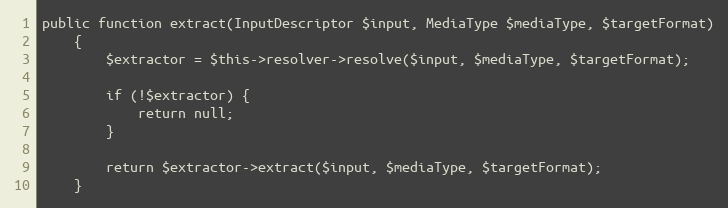
Language: PHP
public function extract(InputDescriptor $input, MediaType $mediaType, $targetFormat)
    {
        $extractor = $this->resolver->resolve($input, $mediaType, $targetFormat);

        if (!$extractor) {
            return null;
        }

        return $extractor->extract($input, $mediaType, $targetFormat);
    }